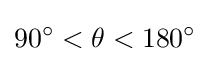
90^{\circ }<\theta <180^{\circ }